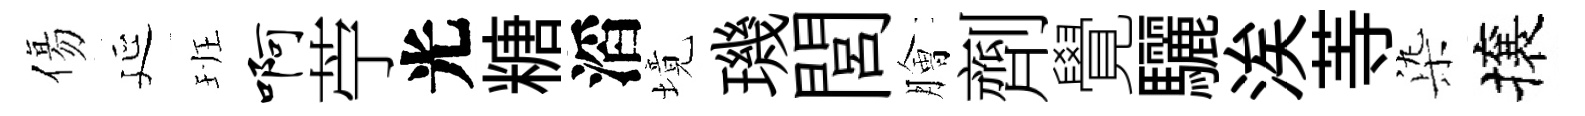
傷延班啊苧光糖滔境璣閭膾劑覺驪涘䓁𣑱攘